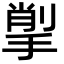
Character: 揱